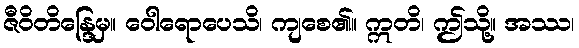
ဇီဝိတိန္ဒြေမှ။ ဝေါရောပေသိ၊ ကျစေ၏။ ဣတိ၊ ဤသို့။ အဿ၊